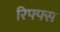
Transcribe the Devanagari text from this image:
रिफ्फ्स